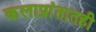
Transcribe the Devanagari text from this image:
कलाप्रांतातही